Tezpur Lunatic Asylum reports 1895-1904 - 1895-1904
Year: 1895
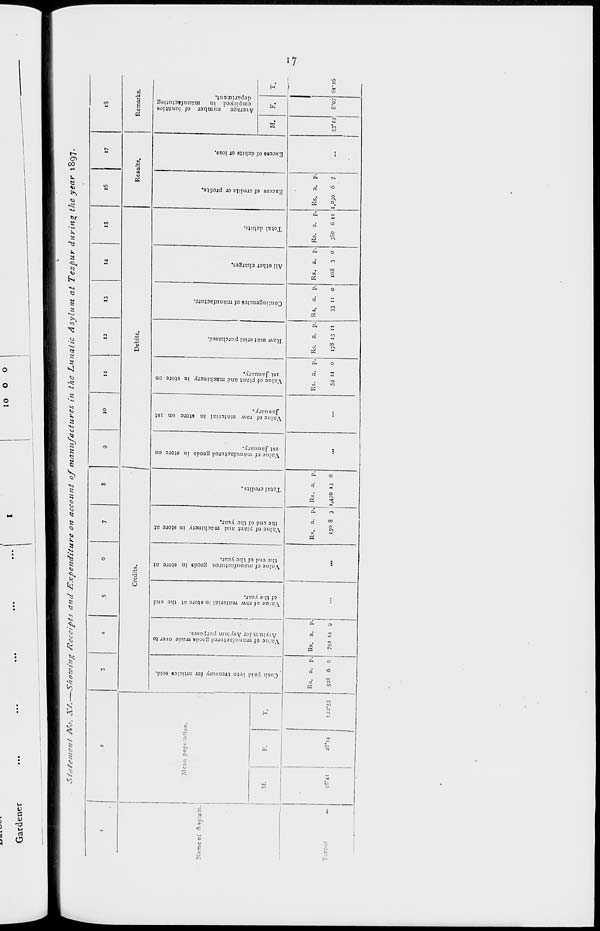
H
A
f»
x>
J
r»
o
c
-
?
3
VO
0>
4>
s*
2
-a
u
TJ
■a
u
c»
*
o'
a
-
H
Ol
Ol
?B
Cv
u
Cas.li paid into treasury for articles sold.
»
Ol
T3
~
•
Value of manufactured goods made over to
z
E=
Asylum for Asylum purposes.
*
IO
!JS
Value of raw material in store at the end
of the year.
n
|
c
Value of manufactured goods in store at
•
:
the end of the year.
o
W
Ol
Value of plant and machinery in store at
CO
P
the tnd of the year.
"^
CO
•a
4k
?3
Total credits.
00
Co
p
Ol
T3
Value of manufactured goods in store on
ist January.
o
Value of raw material in store on ist
:
January.
o
3
IO
•
Value of plant and machinery in store on
a
ja
ist January,
o
>8
P3
O
CO
Co
D)
Raw material purchased.
?
"
-
T3
!»
u
H
F
Contingencies of manufacture.
Co
o
T3
?a
o
CO
N
All other charges.
■u
o
■O
SO
u
Total debits.
o.
Oi
""
•o
o
W
o
Ol
p
Excess of credits or profits.
73
Ol
■*
■a
n
%
. M
-
Excess of debits or loss.
5
Ol
C»
5=>
o
3
Average number of lunatics
°!
.**>
employed in
manufacturing
co
°l
department.
gr
Ol
H
M
•
Ol
1
u
s
s
I**
»v
a.
4
St
ft
3
I
IN
8
<8
a
to
S
a.
a
00
VO
^4
Li